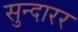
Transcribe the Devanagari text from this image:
सुन्दारर